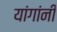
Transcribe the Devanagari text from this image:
यांगांनी